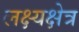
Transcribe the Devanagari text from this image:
लक्ष्यक्षेत्र